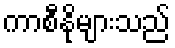
ကာစီနိုများသည်